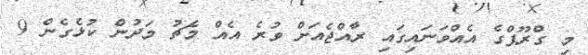
މި ގްރޫޕްގެ އެއްވަނައިގައި ރާއްޖެއަށް ވުރެ އެއް މެޗު މަދުން ކުޅެގެން 9